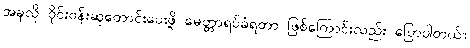
အခုလို ဝိုင်းဝန်းဆုတောင်းပေးဖို့ မေတ္တာရပ်ခံရတာ ဖြစ်ကြောင်းလည်း ပြောပါတယ်။